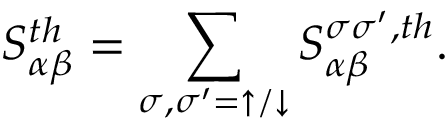
{ S _ { \alpha \beta } ^ { t h } = \sum _ { \sigma , \sigma ^ { \prime } = \uparrow / \downarrow } S _ { \alpha \beta } ^ { \sigma \sigma ^ { \prime } , t h } } .